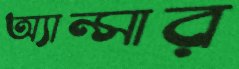
অ্যান্সার